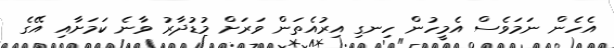
އެހެން ނަމަވެސް އެމީހުން ހިނގި އިރުއެތަން ވަރަށް މުޑުދާރު ވާނެ ކަމަށާއި އޭގެ